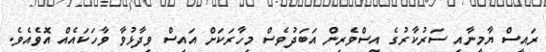
ރައީސް ޔާމީނާއި ސަރުކާރުގެ އިސްވެރިން އަބަދުވެސް މިހާރަކަށް އައިސް ވިދާޅުވާ ވާހަކައެއް އޮވެއެވެ.